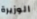
الوزيرة